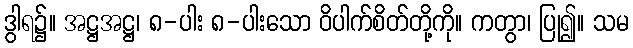
ဒွါရ၌။ အဋ္ဌအဋ္ဌ၊ ၈-ပါး ၈-ပါးသော ဝိပါက်စိတ်တို့ကို။ ကတွာ၊ ပြု၍။ သမ